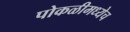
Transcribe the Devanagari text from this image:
पोकळीमध्येच